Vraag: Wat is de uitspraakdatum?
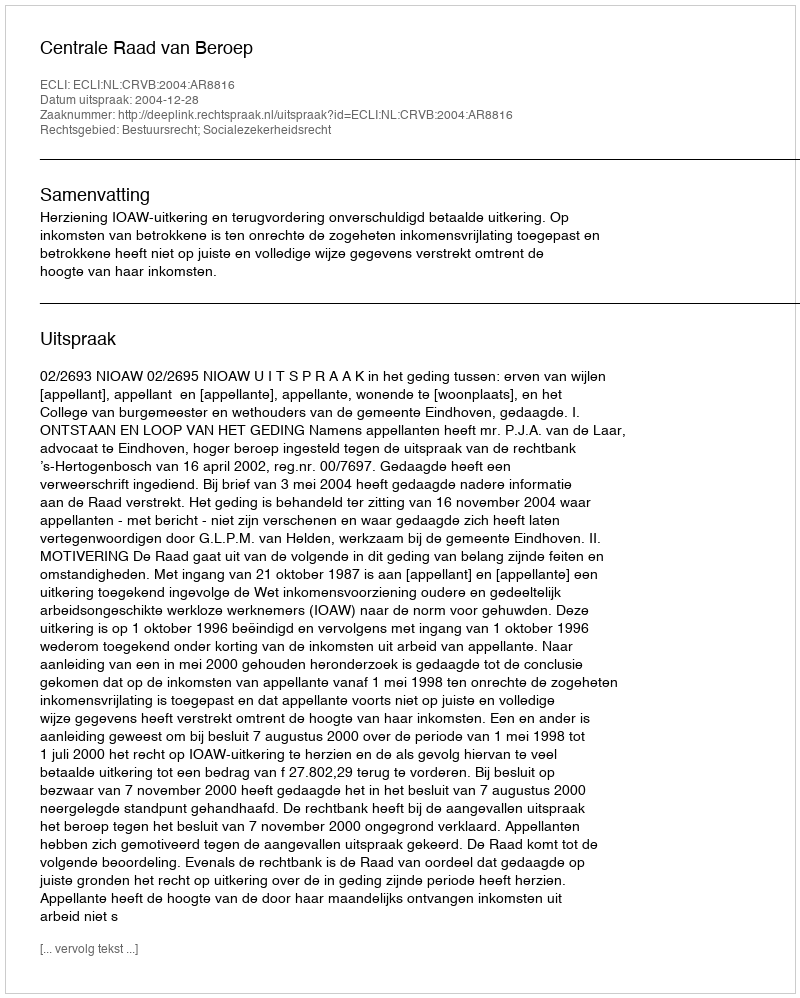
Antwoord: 2004-12-28